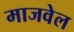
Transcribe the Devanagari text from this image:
माजवेल